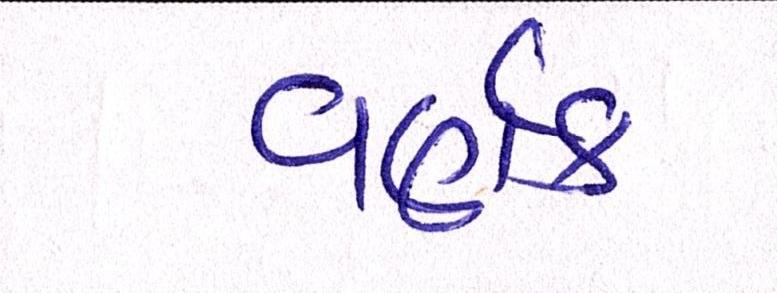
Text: ત્રણેક